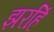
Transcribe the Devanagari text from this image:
झरहिं